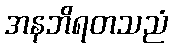
အနဘိရတသညံ